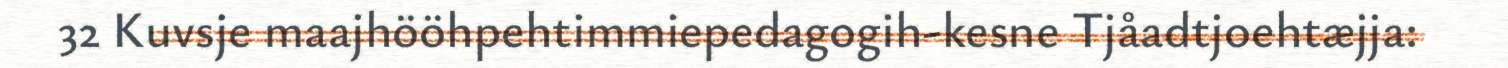
32 Kuvsje maajhööhpehtimmiepedagogih-kesne Tjåadtjoehtæjja: